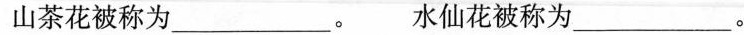
山茶花被称为___。 水仙花被称为___。